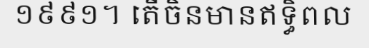
១៩៩១។ តើចិនមានឥទ្ធិពល